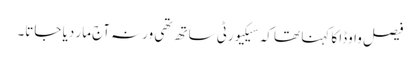
فیصل واوڈا کا کہنا تھا کہ سیکیورٹی ساتھ تھی ورنہ آج مار دیا جاتا۔